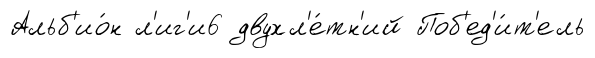
Альб'ио́н л'иг'и6 двухл'е́тн'ий Поб'ед'и́т'ель